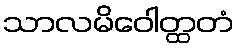
သာလမိဝေါတ္ထတံ